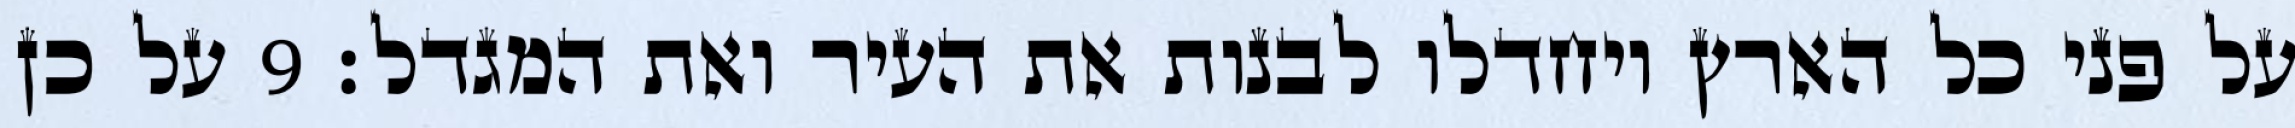
על פני כל הארץ ויחדלו לבנות את העיר ואת המגדל׃ ‎9‏ על כן